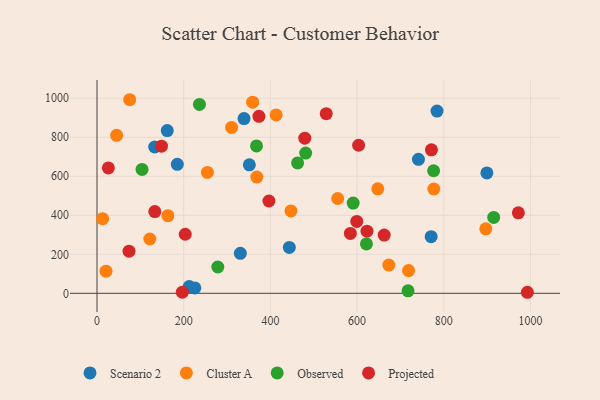
{"axis": {"x": "Experience", "y": "Rating"}, "legend": ["Cluster A", "Observed", "Projected", "Scenario 2"], "data": [{"x": "330.7", "y": 205.0, "type": "Scenario 2"}, {"x": "443.7", "y": 235.5, "type": "Scenario 2"}, {"x": "770.9", "y": 290.3, "type": "Scenario 2"}, {"x": "899.5", "y": 617.2, "type": "Scenario 2"}, {"x": "133.1", "y": 750.0, "type": "Scenario 2"}, {"x": "225.7", "y": 27.7, "type": "Scenario 2"}, {"x": "784.4", "y": 934.5, "type": "Scenario 2"}, {"x": "339.2", "y": 895.9, "type": "Scenario 2"}, {"x": "162.1", "y": 834.2, "type": "Scenario 2"}, {"x": "212.7", "y": 34.7, "type": "Scenario 2"}, {"x": "185.3", "y": 661.3, "type": "Scenario 2"}, {"x": "741.6", "y": 686.7, "type": "Scenario 2"}, {"x": "351.5", "y": 658.5, "type": "Scenario 2"}, {"x": "121.8", "y": 278.5, "type": "Cluster A"}, {"x": "897.0", "y": 330.4, "type": "Cluster A"}, {"x": "673.2", "y": 144.7, "type": "Cluster A"}, {"x": "368.7", "y": 595.9, "type": "Cluster A"}, {"x": "718.8", "y": 116.4, "type": "Cluster A"}, {"x": "555.3", "y": 486.2, "type": "Cluster A"}, {"x": "777.1", "y": 534.8, "type": "Cluster A"}, {"x": "254.7", "y": 619.8, "type": "Cluster A"}, {"x": "447.5", "y": 422.5, "type": "Cluster A"}, {"x": "20.8", "y": 113.3, "type": "Cluster A"}, {"x": "163.6", "y": 397.9, "type": "Cluster A"}, {"x": "647.8", "y": 535.6, "type": "Cluster A"}, {"x": "75.5", "y": 992.5, "type": "Cluster A"}, {"x": "13.0", "y": 382.7, "type": "Cluster A"}, {"x": "413.3", "y": 914.8, "type": "Cluster A"}, {"x": "359.1", "y": 979.9, "type": "Cluster A"}, {"x": "310.6", "y": 850.3, "type": "Cluster A"}, {"x": "45.3", "y": 810.2, "type": "Cluster A"}, {"x": "481.4", "y": 719.2, "type": "Observed"}, {"x": "278.7", "y": 134.8, "type": "Observed"}, {"x": "717.6", "y": 12.5, "type": "Observed"}, {"x": "462.8", "y": 668.3, "type": "Observed"}, {"x": "915.2", "y": 389.3, "type": "Observed"}, {"x": "236.4", "y": 968.4, "type": "Observed"}, {"x": "103.9", "y": 634.9, "type": "Observed"}, {"x": "776.6", "y": 628.3, "type": "Observed"}, {"x": "621.6", "y": 253.1, "type": "Observed"}, {"x": "368.0", "y": 755.8, "type": "Observed"}, {"x": "591.0", "y": 462.4, "type": "Observed"}, {"x": "396.7", "y": 473.3, "type": "Projected"}, {"x": "528.9", "y": 921.0, "type": "Projected"}, {"x": "584.5", "y": 307.0, "type": "Projected"}, {"x": "992.9", "y": 5.3, "type": "Projected"}, {"x": "373.6", "y": 907.3, "type": "Projected"}, {"x": "622.9", "y": 318.5, "type": "Projected"}, {"x": "771.6", "y": 735.6, "type": "Projected"}, {"x": "479.4", "y": 795.5, "type": "Projected"}, {"x": "133.4", "y": 419.3, "type": "Projected"}, {"x": "972.1", "y": 412.8, "type": "Projected"}, {"x": "73.9", "y": 215.9, "type": "Projected"}, {"x": "603.6", "y": 759.0, "type": "Projected"}, {"x": "662.6", "y": 298.8, "type": "Projected"}, {"x": "599.3", "y": 368.4, "type": "Projected"}, {"x": "196.8", "y": 5.8, "type": "Projected"}, {"x": "26.2", "y": 642.8, "type": "Projected"}, {"x": "148.8", "y": 754.6, "type": "Projected"}, {"x": "203.6", "y": 302.7, "type": "Projected"}]}